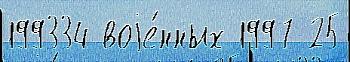
199334 воjе́нных 1997 25